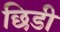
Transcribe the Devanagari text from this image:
छिडी